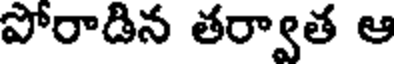
పోరాడిన తర్వాత ఆ